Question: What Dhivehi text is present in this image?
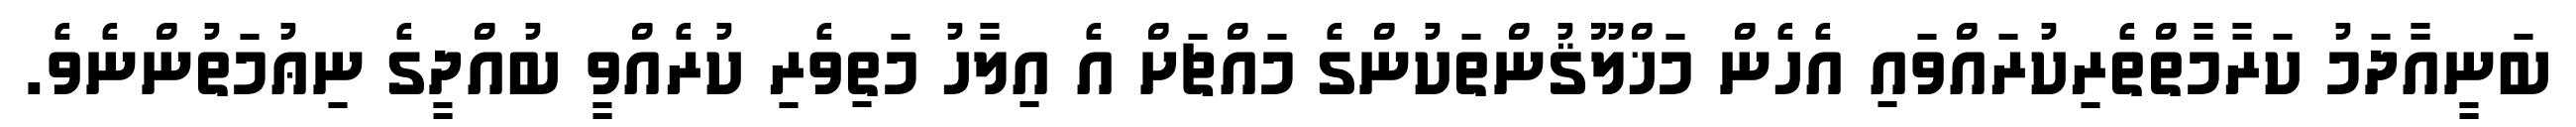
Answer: ބަނީއާދަމު ކަރާމާތްތެރިކުރައްވައި އެހެން މަޚްލޫޤުންތަކުންގެ މައްޗަށް އެ އިލާހު މަތިވެރި ކުރެއްވީ ބުއްދީގެ ނިޢުމަތުންނެވެ.